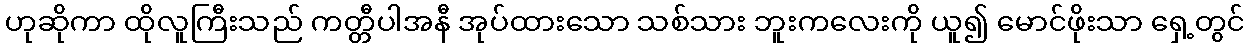
ဟုဆိုကာ ထိုလူကြီးသည် ကတ္တီပါအနီ အုပ်ထားသော သစ်သား ဘူးကလေးကို ယူ၍ မောင်ဖိုးသာ ရှေ့တွင်